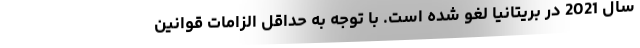
سال 2021 در بریتانیا لغو شده است. با توجه به حداقل‌ الزامات قوانین